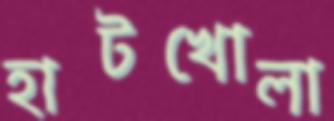
হাটখোলা